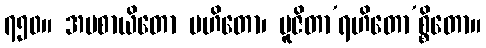
၇၅၀။ အပစာယိတော မဟိတော၊ ပူဇိတာ’ရဟိတော’စ္စိတော။